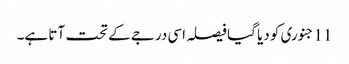
11جنوری کو دیا گیا فیصلہ اسی درجے کے تحت آتا ہے۔